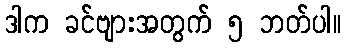
ဒါက ခင်ဗျားအတွက် ၅ ဘတ်ပါ။